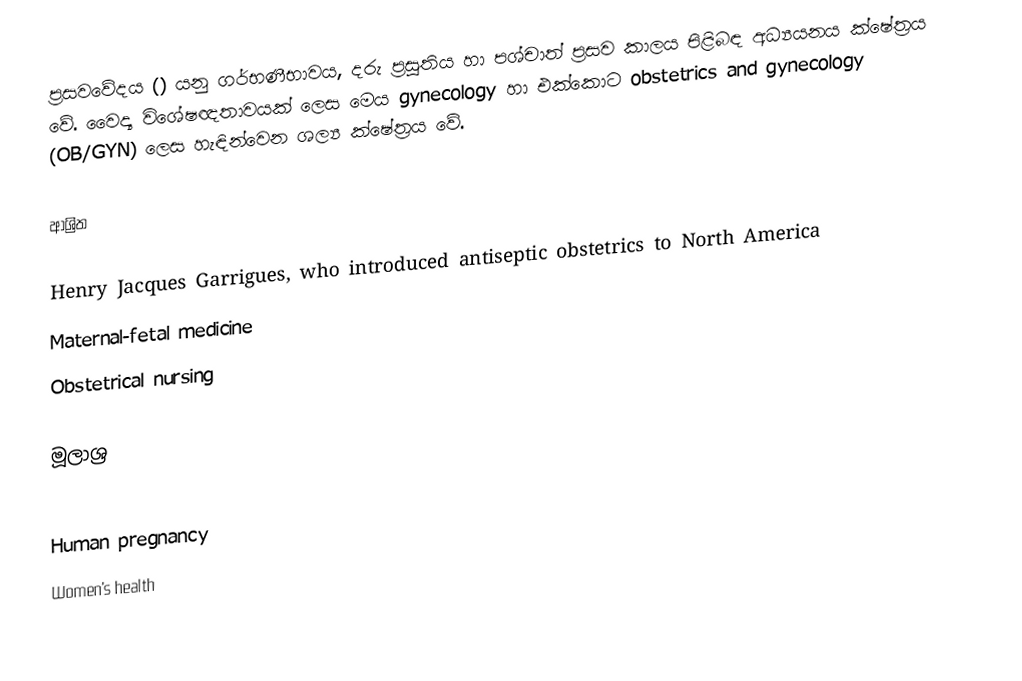
ප්‍රසවවේදය () යනු ගර්භණීභාවය, දරු ප්‍රසූතිය හා පශ්චාත් ප්‍රසව කාලය පිළිබඳ අධ්‍යයනය ක්ෂේත්‍රය වේ. වෛද්‍ය විශේෂඥතාවයක් ලෙස මෙය gynecology හා එක්කොට obstetrics and gynecology (OB/GYN) ලෙස හැඳින්වෙන ශල්‍ය ක්ෂේත්‍රය වේ.

ආශ්‍රිත

Henry Jacques Garrigues, who introduced antiseptic obstetrics to North America
Maternal-fetal medicine
Obstetrical nursing

මූලාශ්‍ර

Human pregnancy
Women's health